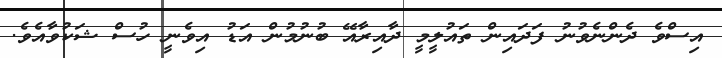
އިސްވެ ދެންނެވުނު ފަދައިން ތައުލީމީ ދާއިރާއޭ ބުނުމުން އަޑު އިވެނީ ހުސް ޝަކުވާއެވެ.